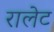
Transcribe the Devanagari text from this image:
रालेट